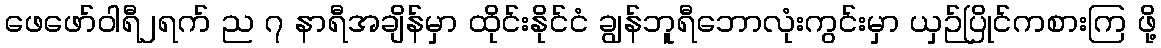
ဖေဖော်ဝါရီ၂ရက် ည ၇ နာရီအချိန်မှာ ထိုင်းနိုင်ငံ ချွန်ဘူရီဘောလုံးကွင်းမှာ ယှဉ်ပြိုင်ကစားကြ ဖို့